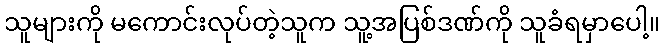
သူများကို မကောင်းလုပ်တဲ့သူက သူ့အပြစ်ဒဏ်ကို သူခံရမှာပေါ့။